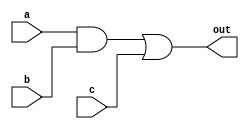
module func (out,a,b,c);
 output out;
 input a,b,c;
 wire e;
 and #(5) P1(e,a,b);
 or #(4) P2(out,e,c);
endmodule

module stimulus;
 reg A,B,C;
 wire O;
 func f1(O,A,B,C);
 initial 
   begin
     $dumpfile("func.vcd");
     $dumpvars();
     A=1'b0;B=1'b0;C=1'b0;
   #10 A=1'b1;B=1'b1;C=1'b1;
   #10 A=1'b1;B=1'b0;C=1'b0; 
   #20 $finish;
  end
endmodule